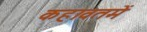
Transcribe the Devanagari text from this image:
कहावतमें